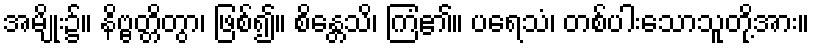
အမျိုး၌။ နိဗ္ဗတ္တိတွာ၊ ဖြစ်၍။ စိန္တေသိ၊ ကြံ၏။ ပရေသံ၊ တစ်ပါးသောသူတို့အား။